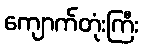
ကျောက်တုံးကြီး